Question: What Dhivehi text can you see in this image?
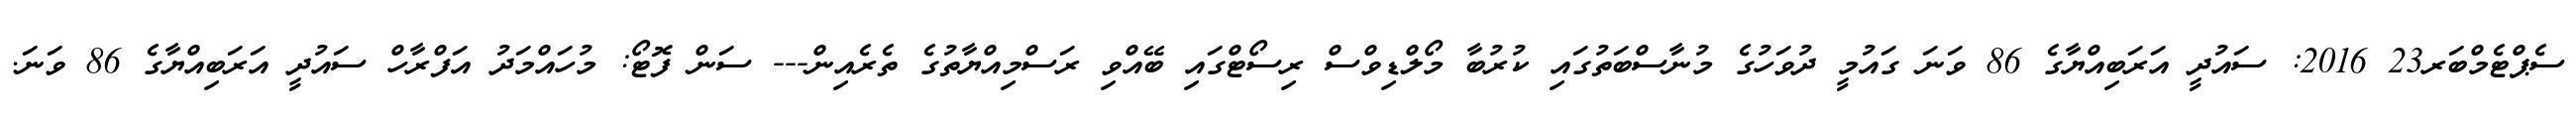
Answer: ސެޕްޓެމްބަރ23 2016: ސައުދީ އަރަބިއްޔާގެ 86 ވަނަ ގައުމީ ދުވަހުގެ މުނާސްބަތުގައި ކުރުބާ މޯލްޑިވްސް ރިސޯޓްގައި ބޭއްވި ރަސްމިއްޔާތުގެ ތެރެއިން--- ސަން ފޮޓޯ: މުހައްމަދު އަފްރާހް ސައުދީ އަރަބިއްޔާގެ 86 ވަނަ.